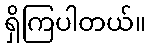
ရှိကြပါတယ်။